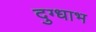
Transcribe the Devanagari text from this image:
दुग्धाभ